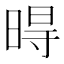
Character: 𣈜